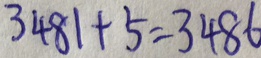
3 4 8 1 + 5 = 3 4 8 6